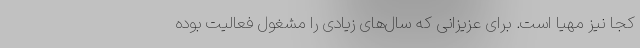
کجا نیز مهیا است. برای عزیزانی که سال‌های زیادی را مشغول فعالیت بوده